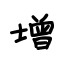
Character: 增